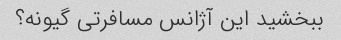
ببخشید این آژانس مسافرتی گیونه؟